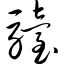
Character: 骀